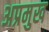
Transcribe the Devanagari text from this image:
अप्रमुख